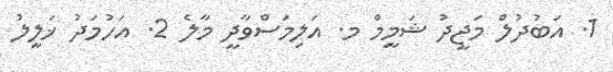
1. އަބުދުލް މަޖީދު ޝަމީމް މ. އަލިމަސްވާދީ މާލެ 2. އަހުމަދު ޚަލީލު